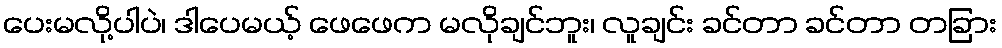
ပေးမလို့ပါပဲ၊ ဒါပေမယ့် ဖေဖေက မလိုချင်ဘူး၊ လူချင်း ခင်တာ ခင်တာ တခြား